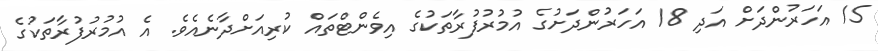
15 އަހަރުންދަށް އަދި 18 އަހަރުންދަށުގެ އުމުރުފުރާތަކުގެ އިވެންޓްތައް ކުރިއަށްދާނެއެވެ. އެ އުމުރުފުރާތަކުގެ